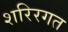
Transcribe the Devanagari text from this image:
शरिरगत